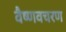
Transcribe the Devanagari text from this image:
वैष्णवचरण